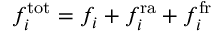
f _ { i } ^ { \mathrm { t o t } } = f _ { i } + f _ { i } ^ { \mathrm { r a } } + f _ { i } ^ { \mathrm { f r } }